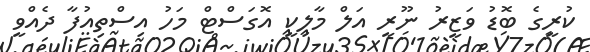
ކުރީގެ ބޮޑު ވަޒީރު ނޫރީ އަލް މާލިކީ އޮގަސްޓް މަހު އިސްތިއުފާ ދެއްވީ